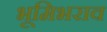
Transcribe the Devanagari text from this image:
भूमिभराव